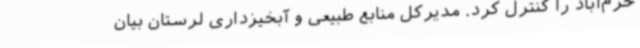
خرم‌آباد را کنترل کرد. مدیرکل منابع طبیعی و آبخیزداری لرستان بیان